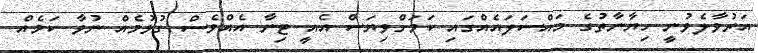
އަރުވާލެވުނީ ހިޔާނާތުގެ މައްސަލައެއްގައި ކަމަށްވިޔަސް އެއީ ޓިނާ އެއްވެސް ގުޅުމެއް ނުވާ ކަމެއް